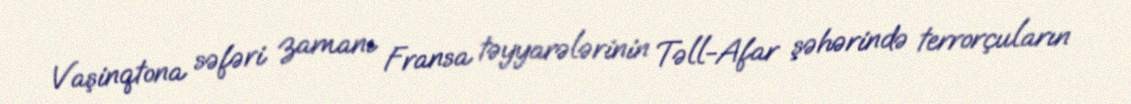
Vaşinqtona səfəri zamanı Fransa təyyarələrinin Təll-Afar şəhərində terrorçuların